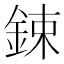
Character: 鋉